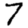
Digit: 7